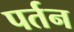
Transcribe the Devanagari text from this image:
पर्तन